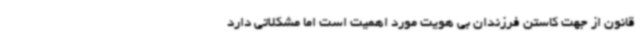
قانون از جهت کاستن فرزندان بی هویت مورد اهمیت است اما مشکلاتی دارد